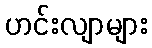
ဟင်းလျာများ